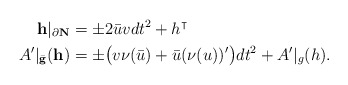
\begin{align*}{\bf h} |_{\partial \bf N} &= \pm 2 \bar u v dt^2 + h^\intercal\\A'|_{\bar {\bf g}} (\bf h)&= \pm \big( v \nu (\bar u) + \bar u (\nu(u))' \big) dt^2 + A'|_g(h).\end{align*}